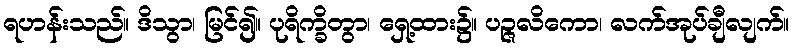
ရဟန်းသည်။ ဒိသွာ၊ မြင်၍။ ပုရိက္ခိတွာ၊ ရှေ့ထား၌။ ပဉ္ဇလိကော၊ လက်အုပ်ချီလျက်။